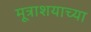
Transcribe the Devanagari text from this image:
मूत्राशयाच्या